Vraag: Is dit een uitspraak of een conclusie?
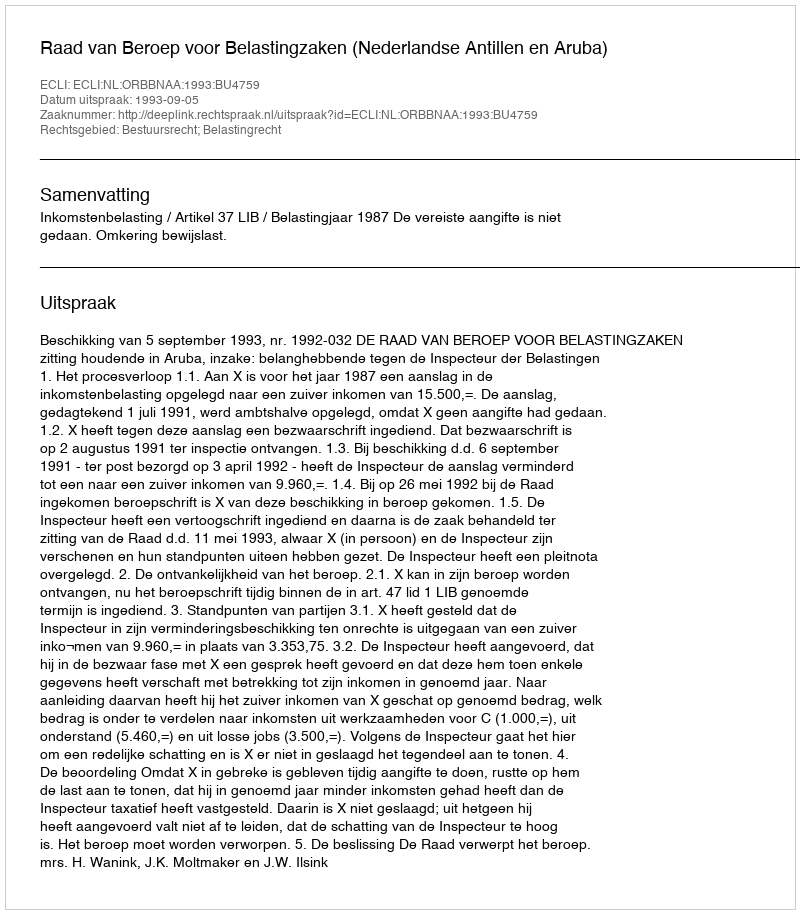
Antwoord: Uitspraak